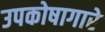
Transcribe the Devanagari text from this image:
उपकोषागारे